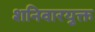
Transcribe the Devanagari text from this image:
शनिवारयुक्त